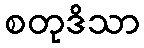
စတုဒိသာ